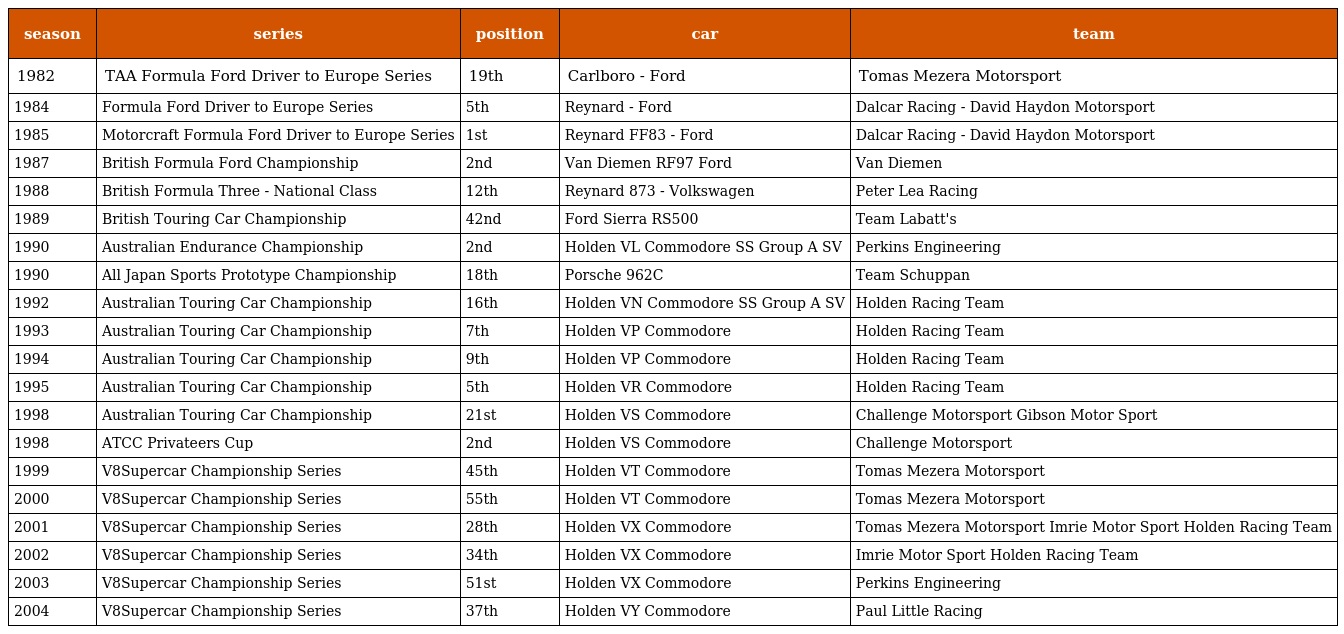
| season | series | position | car | team |
 | --- | --- | --- | --- | --- |
 | 1982 | TAA Formula Ford Driver to Europe Series | 19th | Carlboro - Ford | Tomas Mezera Motorsport |
 | 1984 | Formula Ford Driver to Europe Series | 5th | Reynard - Ford | Dalcar Racing - David Haydon Motorsport |
 | 1985 | Motorcraft Formula Ford Driver to Europe Series | 1st | Reynard FF83 - Ford | Dalcar Racing - David Haydon Motorsport |
 | 1987 | British Formula Ford Championship | 2nd | Van Diemen RF97 Ford | Van Diemen |
 | 1988 | British Formula Three - National Class | 12th | Reynard 873 - Volkswagen | Peter Lea Racing |
 | 1989 | British Touring Car Championship | 42nd | Ford Sierra RS500 | Team Labatt's |
 | 1990 | Australian Endurance Championship | 2nd | Holden VL Commodore SS Group A SV | Perkins Engineering |
 | 1990 | All Japan Sports Prototype Championship | 18th | Porsche 962C | Team Schuppan |
 | 1992 | Australian Touring Car Championship | 16th | Holden VN Commodore SS Group A SV | Holden Racing Team |
 | 1993 | Australian Touring Car Championship | 7th | Holden VP Commodore | Holden Racing Team |
 | 1994 | Australian Touring Car Championship | 9th | Holden VP Commodore | Holden Racing Team |
 | 1995 | Australian Touring Car Championship | 5th | Holden VR Commodore | Holden Racing Team |
 | 1998 | Australian Touring Car Championship | 21st | Holden VS Commodore | Challenge Motorsport Gibson Motor Sport |
 | 1998 | ATCC Privateers Cup | 2nd | Holden VS Commodore | Challenge Motorsport |
 | 1999 | V8Supercar Championship Series | 45th | Holden VT Commodore | Tomas Mezera Motorsport |
 | 2000 | V8Supercar Championship Series | 55th | Holden VT Commodore | Tomas Mezera Motorsport |
 | 2001 | V8Supercar Championship Series | 28th | Holden VX Commodore | Tomas Mezera Motorsport Imrie Motor Sport Holden Racing Team |
 | 2002 | V8Supercar Championship Series | 34th | Holden VX Commodore | Imrie Motor Sport Holden Racing Team |
 | 2003 | V8Supercar Championship Series | 51st | Holden VX Commodore | Perkins Engineering |
 | 2004 | V8Supercar Championship Series | 37th | Holden VY Commodore | Paul Little Racing |